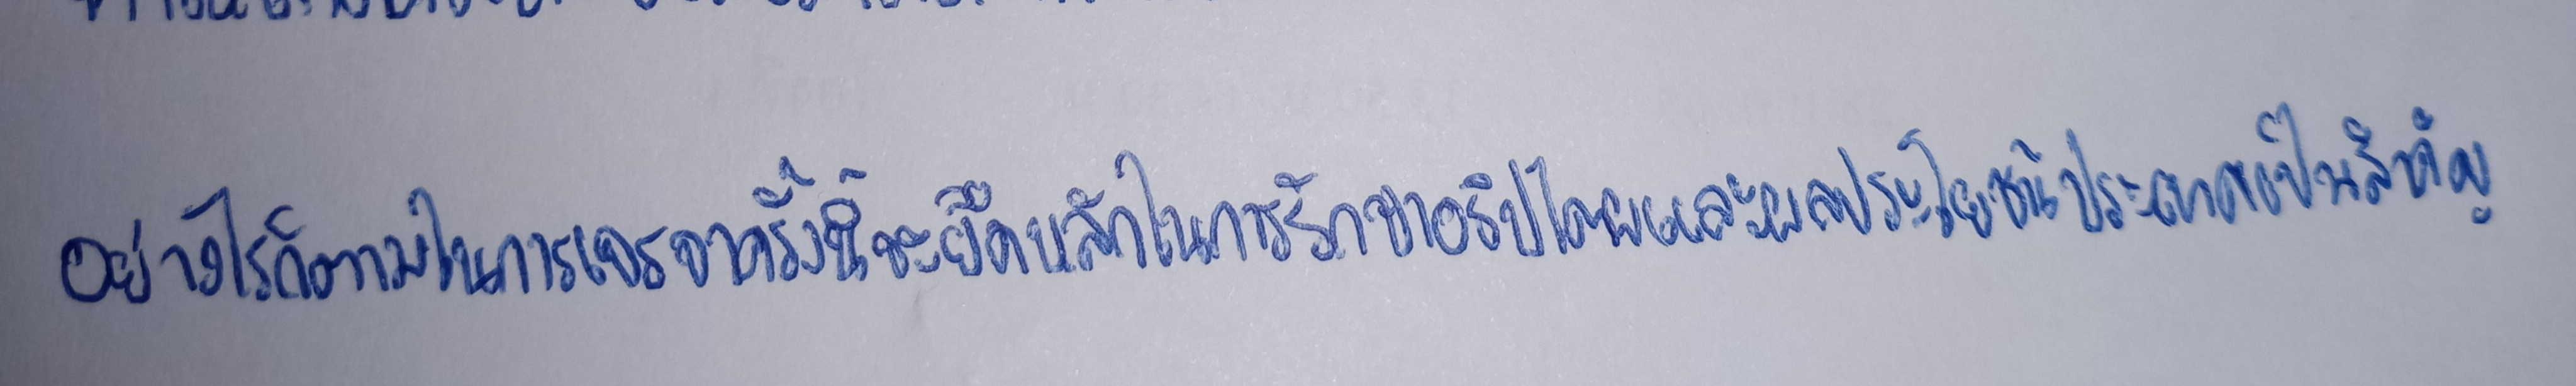
อย่างไรก็ตามในการเจรจาครั้งนี้จะยึดหลักในการรักษาอธิปไตยและผลประโยชน์ประเทศเป็นสำคัญ